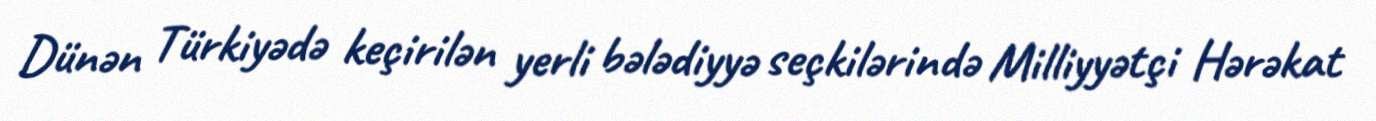
Dünən Türkiyədə keçirilən yerli bələdiyyə seçkilərində Milliyyətçi Hərəkat